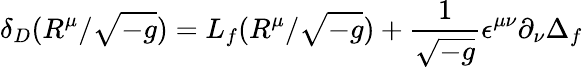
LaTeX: \delta_{D}(R^{\mu}/\sqrt{-g})=L_{f}(R^{\mu}/\sqrt{-g})+\frac{1}{\sqrt{-g}}\epsilon^{\mu\nu}\partial_{\nu}\Delta_{f}